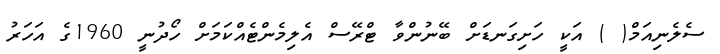
ސެލެނިއަމް( ) އަކީ ހަށިގަނޑަށް ބޭނުންވާ ޓްރޭސް އެލިމެންޓެއްކަމަށް ހޯދުނީ 1960ގެ އަހަރު